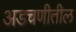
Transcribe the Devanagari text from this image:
अडचणीतील